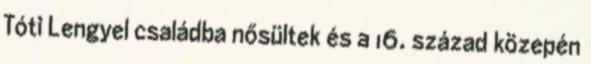
Tóti Lengyel családba nősültek és a 16. század közepén